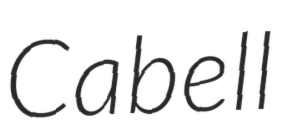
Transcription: Cabell